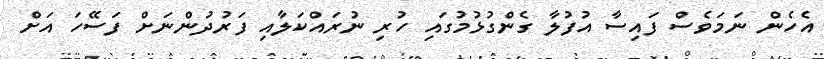
އެހެން ނަމަވެސް ފައިސާ އުފުލާ ގެންގުޅުމުގައި ހުރި ނުރައްކަލާއި ފަރުދުންނަށް ފަސޭހަ އަށް